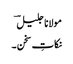
مولانا جلیل ؔ
نکاتِ سخن ۔